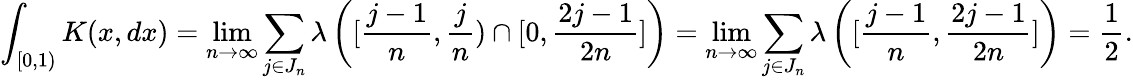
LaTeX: \int_{[0,1)}K(x,dx)=\operatorname*{lim}_{n\to\infty}\sum_{j\in J_{n}}\lambda\left([\frac{j-1}{n},\frac{j}{n})\cap[0,\frac{2j-1}{2n}]\right)=\operatorname*{lim}_{n\to\infty}\sum_{j\in J_{n}}\lambda\left([\frac{j-1}{n},\frac{2j-1}{2n}]\right)=\frac{1}{2}.